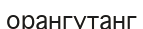
орангутанг